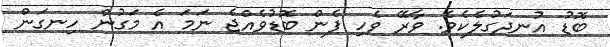
ބޮޑު އުނދަގުލެކެވެ. ވާރޭ ވެހި ފެން ބޮޑުވެއްޖެ ނަމަ އެ މަގުން ހިނގަން